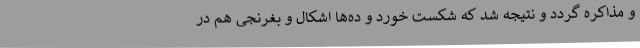
و مذاکره گردد و نتیجه شد که شکست خورد و ده‌ها اشکال و بغرنجی هم در